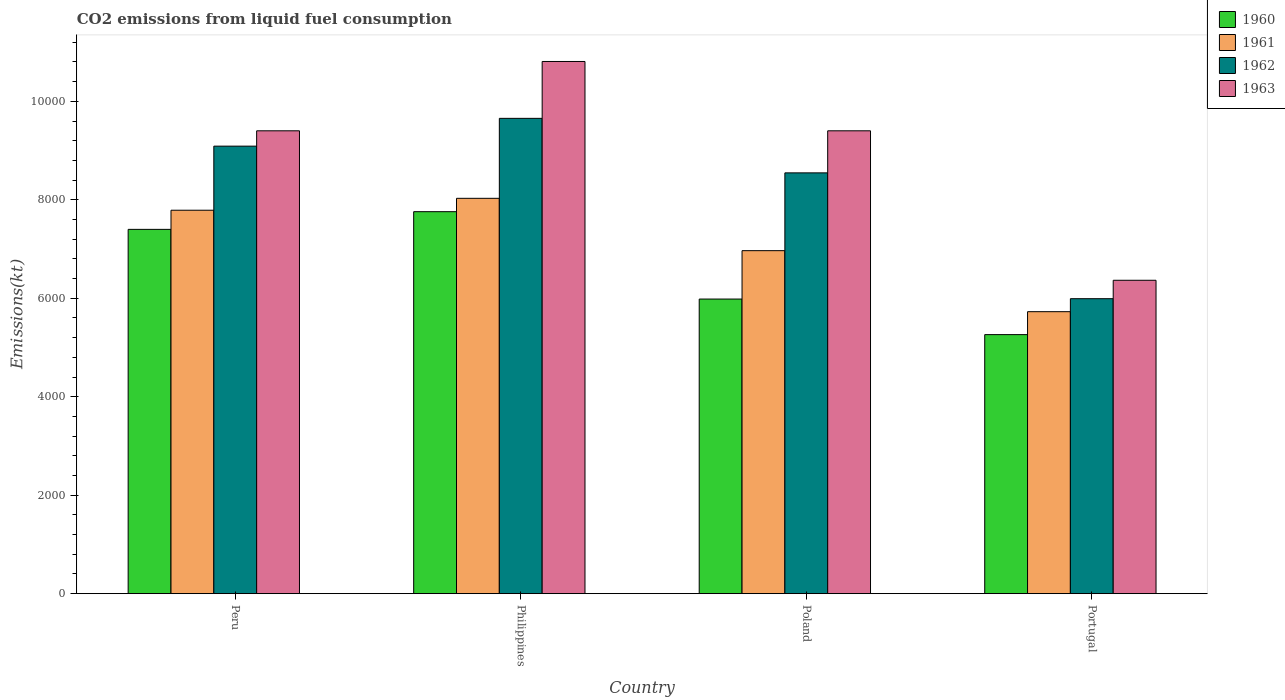
| Country | 1960 | 1961 | 1962 | 1963 |
 | --- | --- | --- | --- | --- |
 | Peru | 7.4e+03 | 7.79e+03 | 9.09e+03 | 9.4e+03 |
 | Philippines | 7.76e+03 | 8.03e+03 | 9.66e+03 | 1.08e+04 |
 | Poland | 5.98e+03 | 6.97e+03 | 8.55e+03 | 9.4e+03 |
 | Portugal | 5.26e+03 | 5.73e+03 | 5.99e+03 | 6.37e+03 |